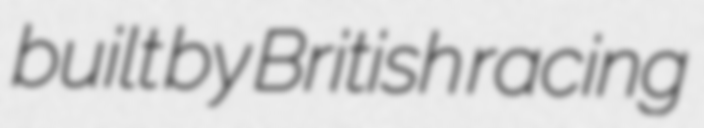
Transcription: built by British racing